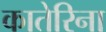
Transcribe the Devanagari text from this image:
कातेरिना